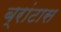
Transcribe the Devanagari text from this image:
ब्रांटास